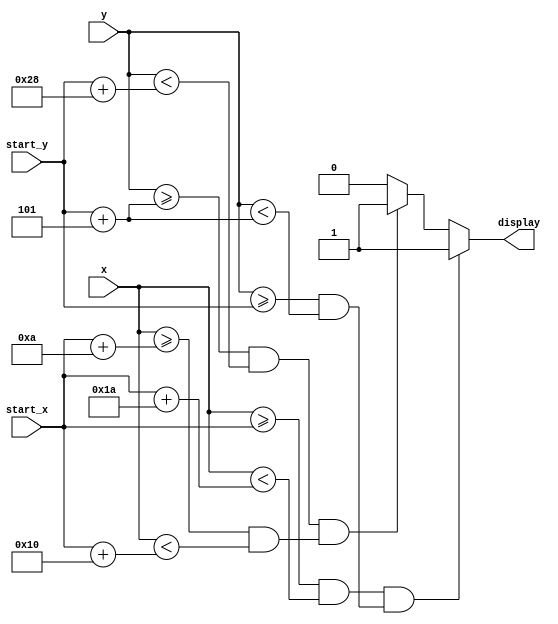
`timescale 1ns / 1ps
//////////////////////////////////////////////////////////////////////////////////
// Company: 
// Engineer: 
// 
// Design Name: 
// Module Name: char_t
// Project Name: 
// Target Devices: 
// Tool Versions: 
// Description: 
// 
// Dependencies: 
// 
// Revision:
// Revision 0.01 - File Created
// Additional Comments:
// 
//////////////////////////////////////////////////////////////////////////////////


module char_t(
    input [31:0] start_x,
    input [31:0] start_y,
    input [9:0] x,
    input [9:0] y,
    output reg display
    );
    
    initial 
        display = 0;
    always @(x or y)
    begin
        //up and down
        if ((x >= start_x) && (x < start_x + 26) && (((y >= start_y) && (y < start_y + 5))))
            display = 1;
        //left and right
        else if ((y >= start_y + 5) && (y < start_y + 40) && (((x >= start_x + 10) && (x < start_x + 16))))
            display = 1;
        else display = 0;
    end
endmodule